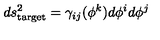
d s _ { \mathrm { t a r g e t } } ^ { 2 } = \gamma _ { i j } ( \phi ^ { k } ) d \phi ^ { i } d \phi ^ { j }